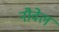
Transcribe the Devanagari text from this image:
नौवेल